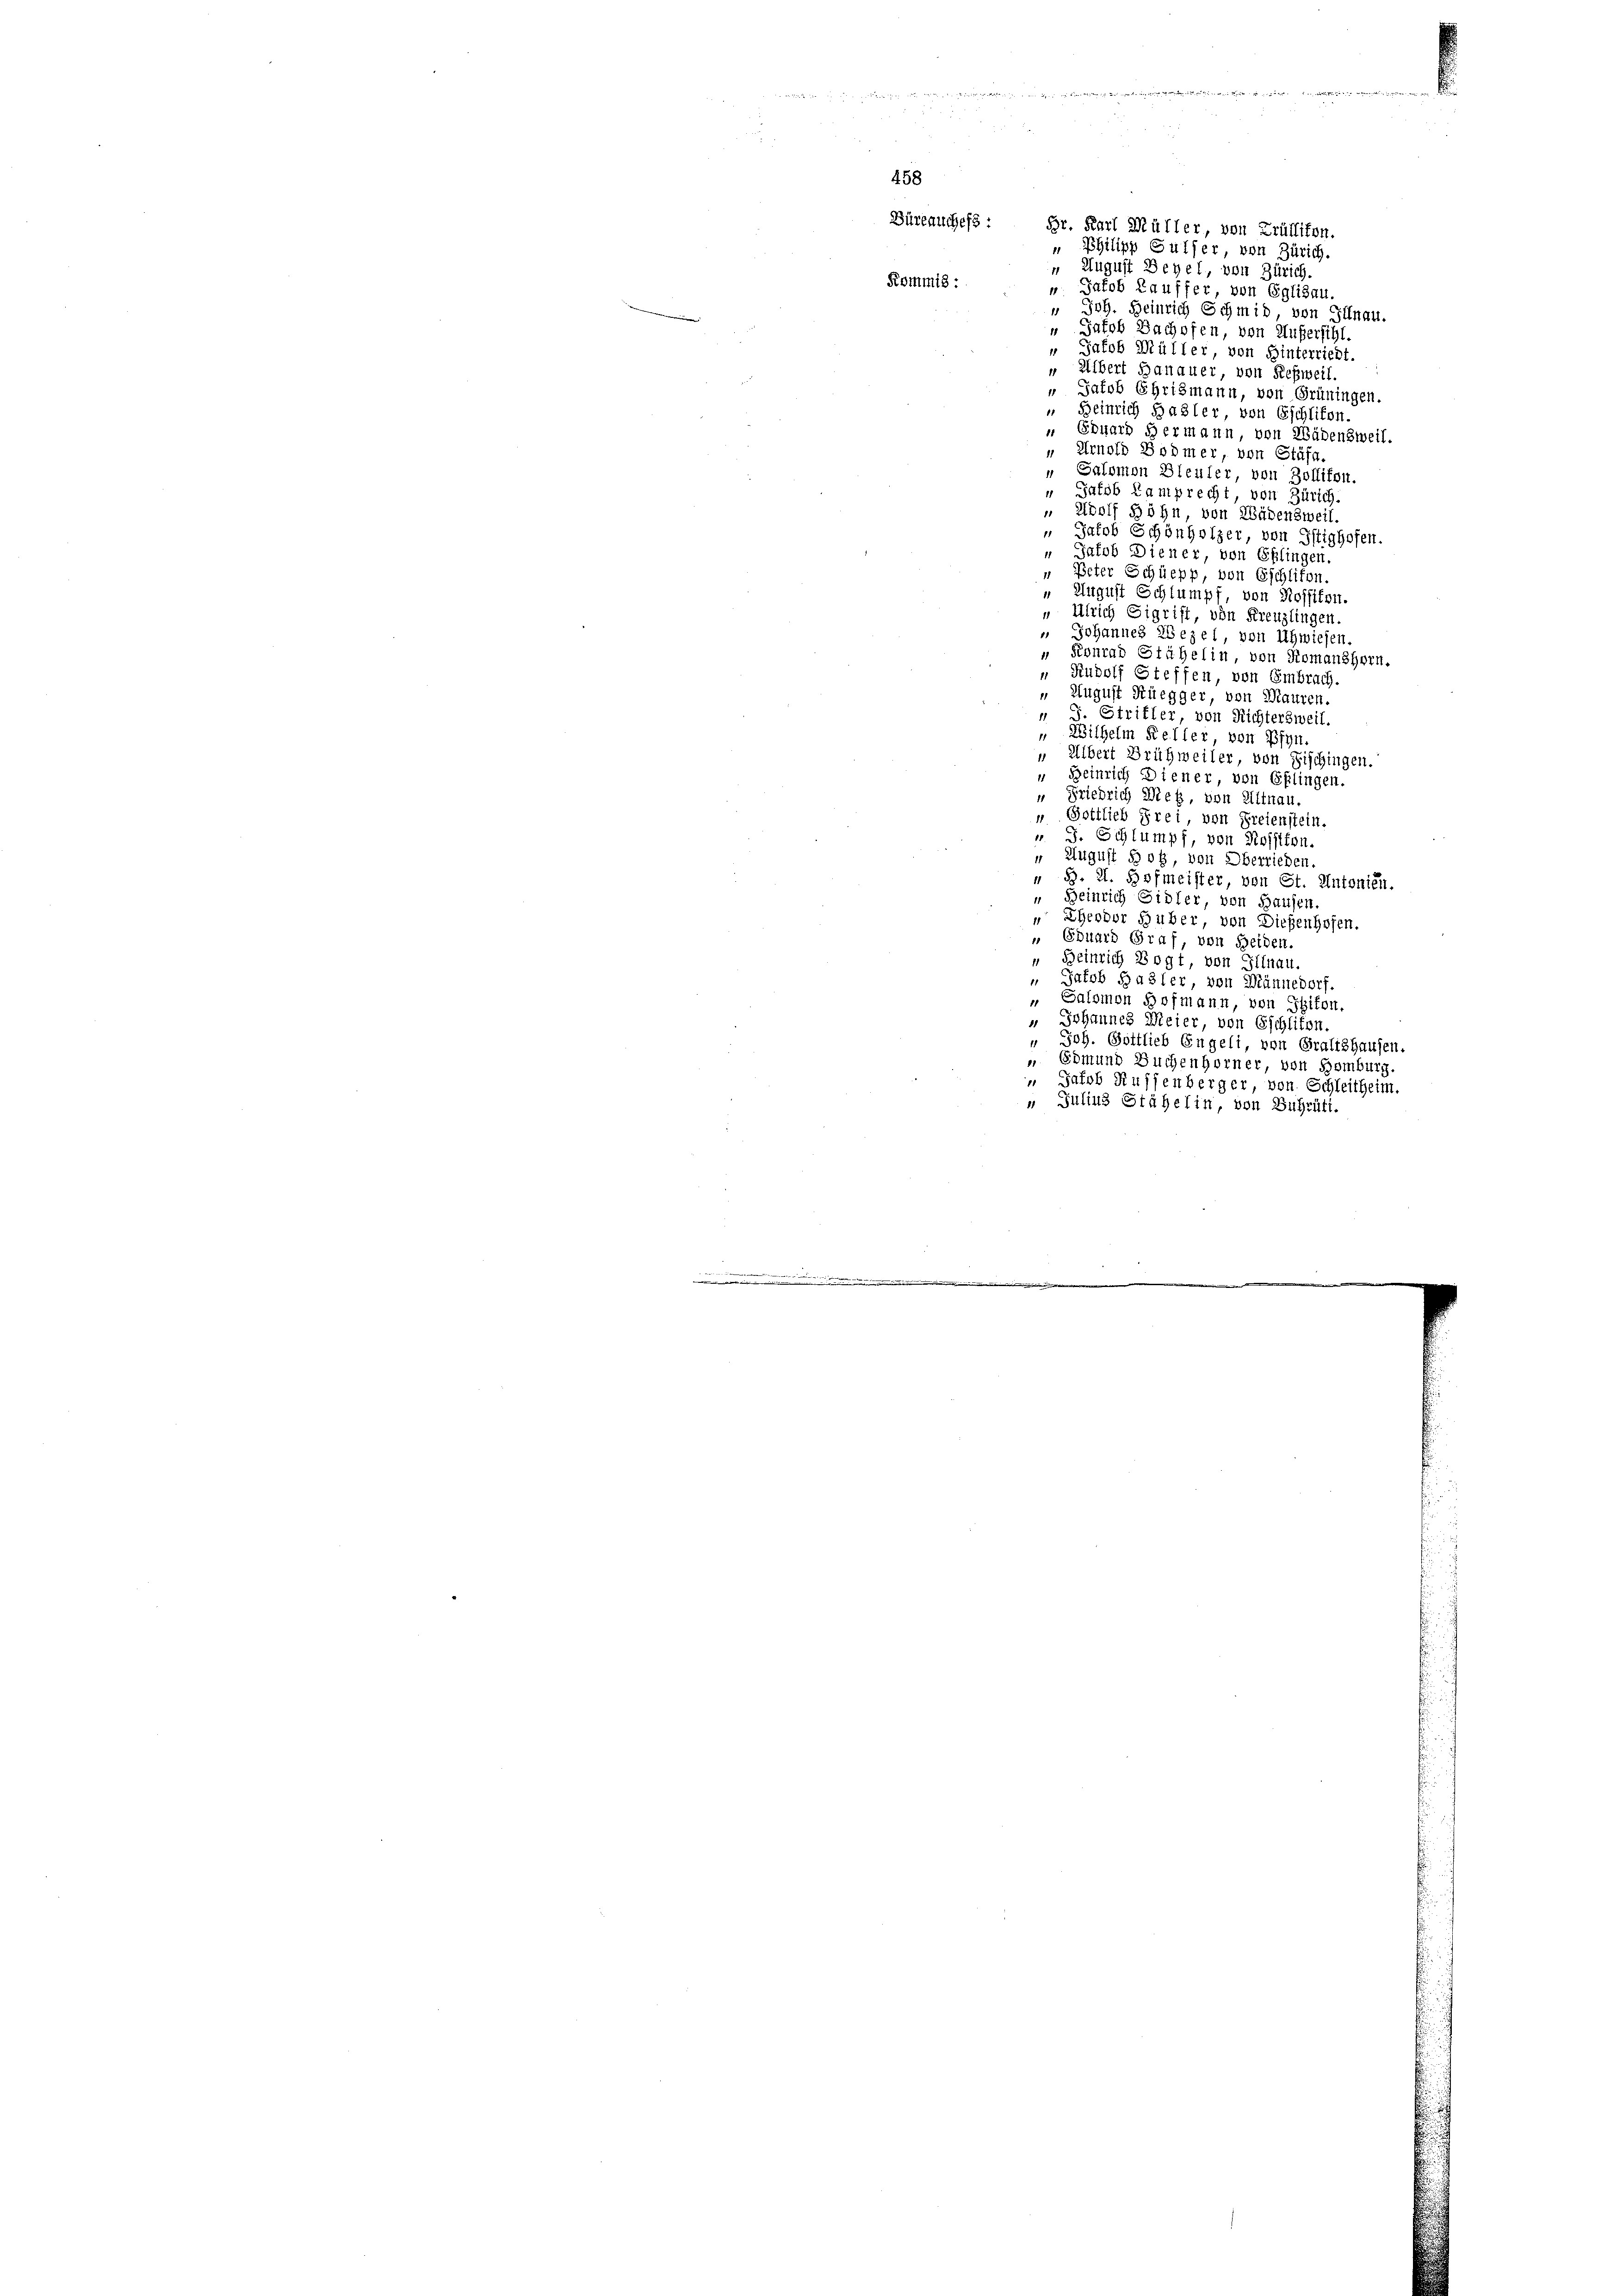
“ Jakob Müller von Hinterriedt.
 Uibert Hanauer, von Refweil.
" Jacob Ehrismann von Grüningen.
 Heinrich Basler, von Eschlikon.
 Eduard Hermann von Wädensweil.
" Arnold Bodmer, von Stäfa.
" Salomon Bleufer von Zollikon.
 Jalob Kamprecht, von Zürich.
Adolf Höhn von Wädensweil.
 Jakob Schönholzer von Iftighofen.
“ Jakob Diener von Eßlingen.
 Peter Schüepp, von Eschlifen.
 August Schlumpf, von Rossiten.
 Ulrich Sigrift von Kreuzlingen.
 Johannes Bezel, von Uhwiesen
 Konrad Stähelin von Romanshorn.
“ Rudolf Steffen von Embrach.
August Rüegger, von Mauren.
 J. Striffer von Richtersweil.
" Wilhelm Keller, von Pfyn,
" Albert Brühweiler, von Fischingen.
“ Beinrich Diener von Eßlingen.
“ Friedrich Dieß, von Altnau.
" Gottlieb Frei, von Freienstein.
 J. Schlumpf, von Rossikon.
 August Hotz von Oberrieden
 §. 2. Hofmeister von St. Antonien.
“ Beinrich Sidler von Hausen.
"Eheodor Huber, von Diesenhofen.
" Eduard Graf, von Heiden.
 Heinrich Vogt von Illnau.
Jakob Hasler, von Männedorf.
" Salomon Hofmann, von Isikon.
" Johannes Meier von Eschliten.
" Joh. Gottlieb Engeli von Gralishausen.
 Edmund Buchenhorner, von Homburg.
 Jakob Russenberger, von Schleitheim.
 Julius Stähelin, von Suhrüti.

458
Büreauchefs :

Kommis

Br. Karl Müller, von Trüllikon.
 Philipp Guther, von Zürich.
 August Bezel, von Zürich.
“ Jakob Lauffer, von Eglisau.
" Joh. Heinrich Schmid, von Illnau.
“ Jakob Bachofen von Außersihl.

7